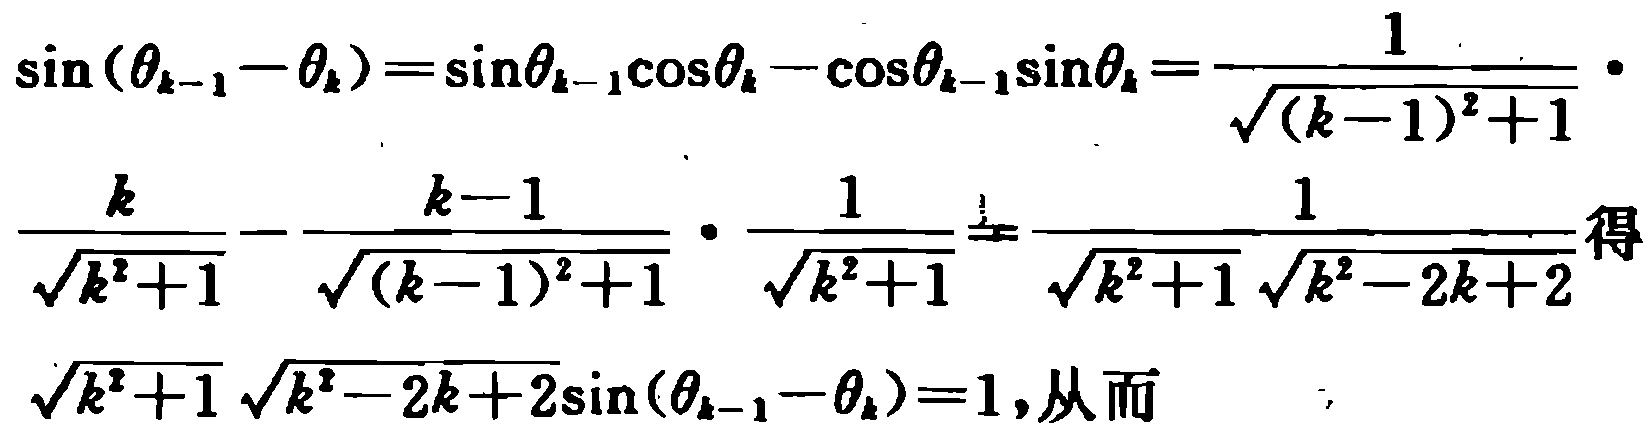
\[\sin(\theta_{k - 1}-\theta_{k})=\sin\theta_{k - 1}\cos\theta_{k}-\cos\theta_{k - 1}\sin\theta_{k}=\frac{1}{\sqrt{(k - 1)^{2}+1}}\cdot\]

\[\frac{k}{\sqrt{k^{2}+1}}-\frac{k - 1}{\sqrt{(k - 1)^{2}+1}}\cdot\frac{1}{\sqrt{k^{2}+1}}=\frac{1}{\sqrt{k^{2}+1}\sqrt{k^{2}-2k + 2}}\text{得}\]

\[\sqrt{k^{2}+1}\sqrt{k^{2}-2k + 2}\sin(\theta_{k - 1}-\theta_{k}) = 1,\text{从而}\]